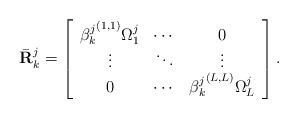
LaTeX: \begin{align*}\bar{\mathbf{R}}_k^j=\left[\begin{array}{ccc}{\beta_k^{j}}^{(1,1)}\Omega^j_{1} & \cdots & 0\\\vdots & \ddots & \vdots\\0 & \cdots & {\beta_k^{j}}^{(L,L)}\Omega^j_{L}\end{array}\right].\end{align*}